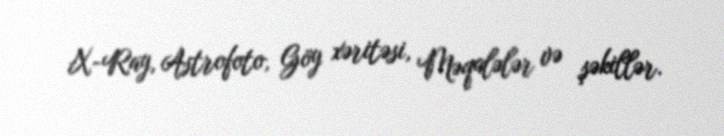
X-Ray, Astrofoto, Göy xəritəsi, Məqalələr və şəkillər.